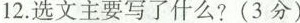
12.选文主要写了什么?(3分)